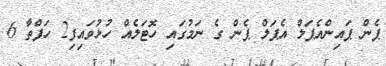
ޕެން ޕައިންއެޕަލް އެޕަލް ޕެން ގެ ނަމުގައި ހޮޓަލެއް ހުޅުވައިފި2 ހަފްތާ 6